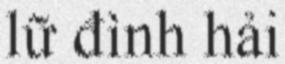
lữ đình hải